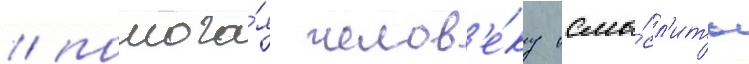
/ помога́я челов'е́ку осмы́сл'ить